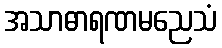
အသာဓာရဏမညေသံ